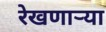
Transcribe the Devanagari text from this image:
रेखणाऱ्या